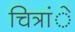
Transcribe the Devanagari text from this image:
चित्रांे